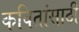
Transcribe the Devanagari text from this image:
कवितांसाठी